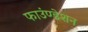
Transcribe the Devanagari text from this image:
फाउंण्डेशन